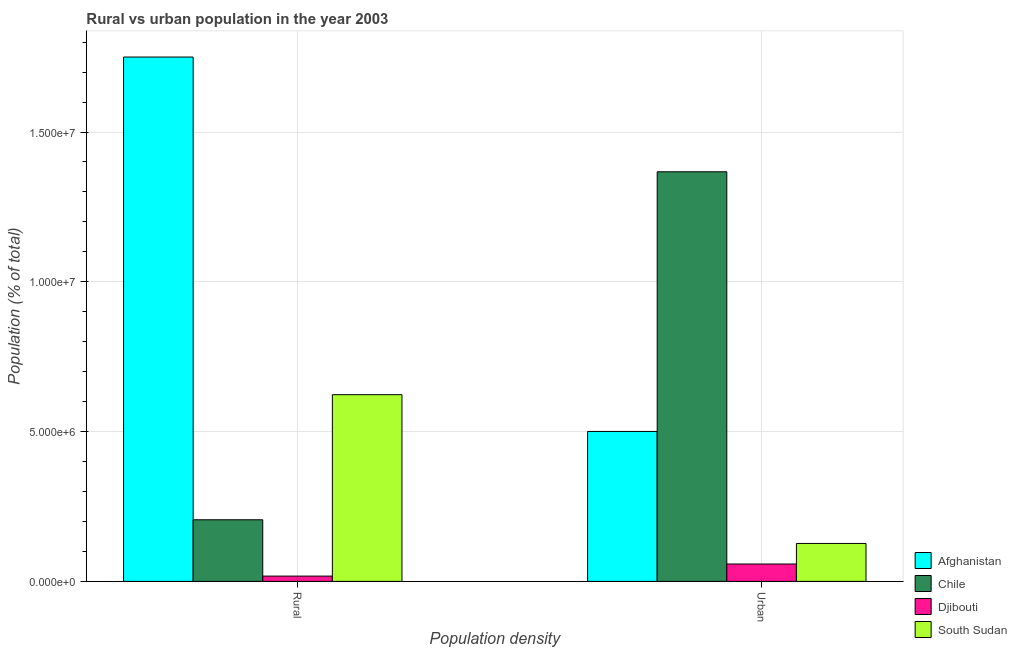
| Population density | Afghanistan | Chile | Djibouti | South Sudan |
 | --- | --- | --- | --- | --- |
 | Rural | 1.75e+07 | 2.06e+06 | 1.77e+05 | 6.23e+06 |
 | Urban | 5e+06 | 1.37e+07 | 5.8e+05 | 1.27e+06 |